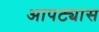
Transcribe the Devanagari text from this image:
आपट्यास